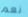
نعم